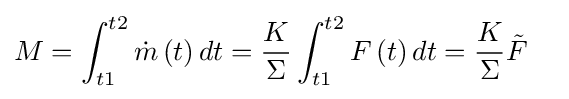
M=\int _{t1}^{t2}{\dot {m}}\left(t\right)dt={\frac {K}{\Sigma }}\int _{t1}^{t2}F\left(t\right)dt={\frac {K}{\Sigma }}{\tilde {F}}\quad